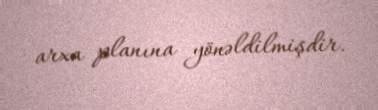
arxa planına yönəldilmişdir.